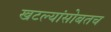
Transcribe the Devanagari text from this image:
खटल्यांसोबतच